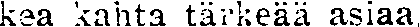
kea kahta tärkeää asiaa.